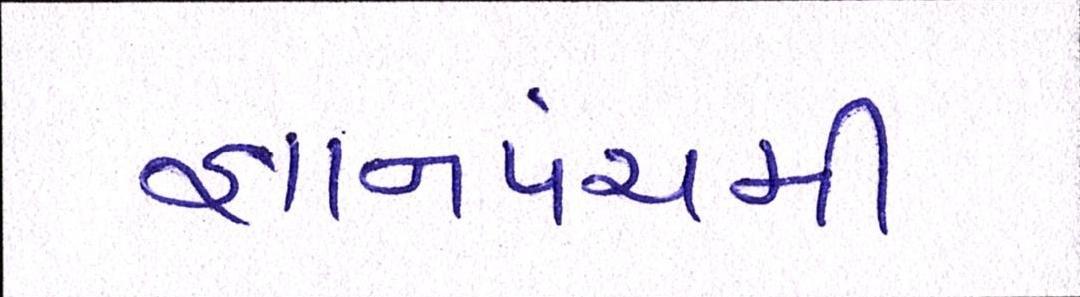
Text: જ્ઞાનપંચમી